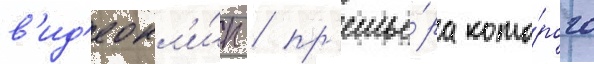
в'ид'еокл'и́п / пр'емье́ра кото́рого